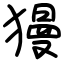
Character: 獌